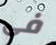
فى